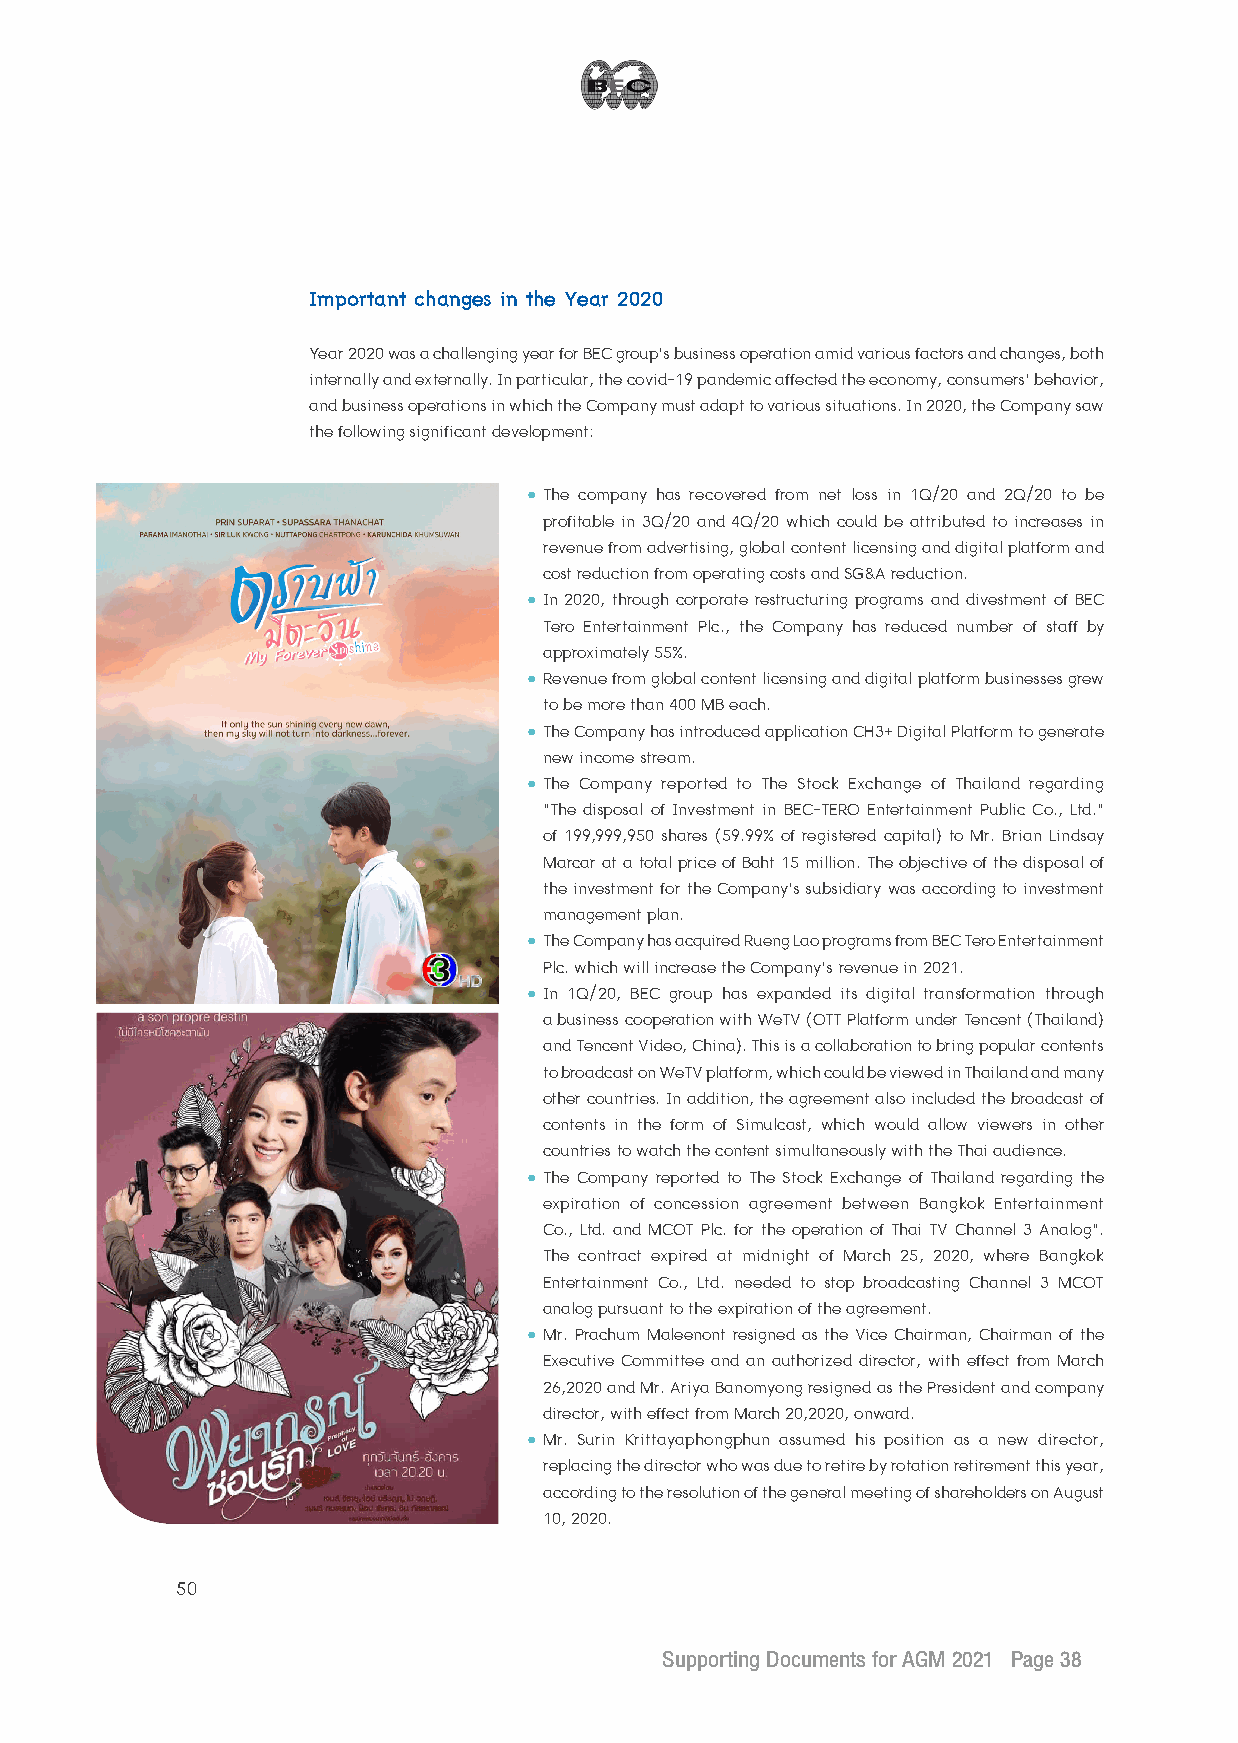
Important changes in the Year 2020
 Year 2020 was a challenging year for BEC group’s business operation amid various factors and changes, both
 internally and externally. In particular, the covid-19 pandemic affected the economy, consumers’ behavior,
 and business operations in which the Company must adapt to various situations. In 2020, the Company saw
 the following significant development:
 • The company has recovered from net loss in 1Q/20 and 2Q/20 to be
 profitable in 3Q/20 and 4Q/20 which could be attributed to increases in
 revenue from advertising, global content licensing and digital platform and
 cost reduction from operating costs and SG&A reduction.
 • In 2020, through corporate restructuring programs and divestment of BEC
 Tero Entertainment Plc., the Company has reduced number of staff by
 approximately 55%.
 • Revenue from global content licensing and digital platform businesses grew
 to be more than 400 MB each.
 • The Company has introduced application CH3+ Digital Platform to generate
 new income stream.
 • The Company reported to The Stock Exchange of Thailand regarding
 “The disposal of Investment in BEC-TERO Entertainment Public Co., Ltd.”
 of 199,999,950 shares (59.99% of registered capital) to Mr. Brian Lindsay
 Marcar at a total price of Baht 15 million. The objective of the disposal of
 the investment for the Company’s subsidiary was according to investment
 management plan.
 • The Company has acquired Rueng Lao programs from BEC Tero Entertainment
 Plc. which will increase the Company’s revenue in 2021.
 • In 1Q/20, BEC group has expanded its digital transformation through
 a business cooperation with WeTV (OTT Platform under Tencent (Thailand)
 and Tencent Video, China). This is a collaboration to bring popular contents
 to broadcast on WeTV platform, which could be viewed in Thailand and many
 other countries. In addition, the agreement also included the broadcast of
 contents in the form of Simulcast, which would allow viewers in other
 countries to watch the content simultaneously with the Thai audience.
 • The Company reported to The Stock Exchange of Thailand regarding the
 expiration of concession agreement between Bangkok Entertainment
 Co., Ltd. and MCOT Plc. for the operation of Thai TV Channel 3 Analog”.
 The contract expired at midnight of March 25, 2020, where Bangkok
 Entertainment Co., Ltd. needed to stop broadcasting Channel 3 MCOT
 analog pursuant to the expiration of the agreement.
 • Mr. Prachum Maleenont resigned as the Vice Chairman, Chairman of the
 Executive Committee and an authorized director, with effect from March
 26,2020 and Mr. Ariya Banomyong resigned as the President and company
 director, with effect from March 20,2020, onward.
 • Mr. Surin Krittayaphongphun assumed his position as a new director,
 replacing the director who was due to retire by rotation retirement this year,
 according to the resolution of the general meeting of shareholders on August
 10, 2020.
 50
 Supporting Documents for AGM 2021 Page 38
 __2211--00330011 BBEECC EEnngg22..iinndddd 3388                          11//44//22556644 BBEE 1133::1144